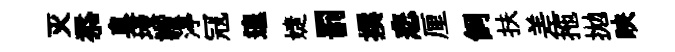
灭忝臭墁諧渟冦遑婕罰撰悲厘飼扶差拖拋映